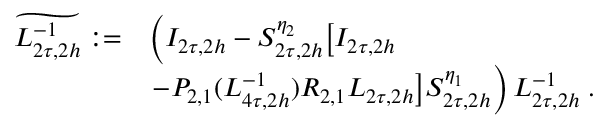
\begin{array} { r l } { \widetilde { L _ { 2 \tau , 2 h } ^ { - 1 } } : = } & { \left( I _ { 2 \tau , 2 h } - S _ { 2 \tau , 2 h } ^ { \eta _ { 2 } } \big [ I _ { 2 \tau , 2 h } \right. } \\ & { \left. - P _ { 2 , 1 } ( L _ { 4 \tau , 2 h } ^ { - 1 } ) R _ { 2 , 1 } L _ { 2 \tau , 2 h } \big ] S _ { 2 \tau , 2 h } ^ { \eta _ { 1 } } \right) L _ { 2 \tau , 2 h } ^ { - 1 } \; . } \end{array}